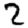
Digit: 2